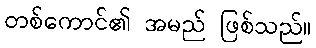
တစ်ကောင်၏ အမည် ဖြစ်သည်။